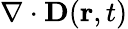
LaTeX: \nabla\cdot\mathbf{D}(\mathbf{r},t)